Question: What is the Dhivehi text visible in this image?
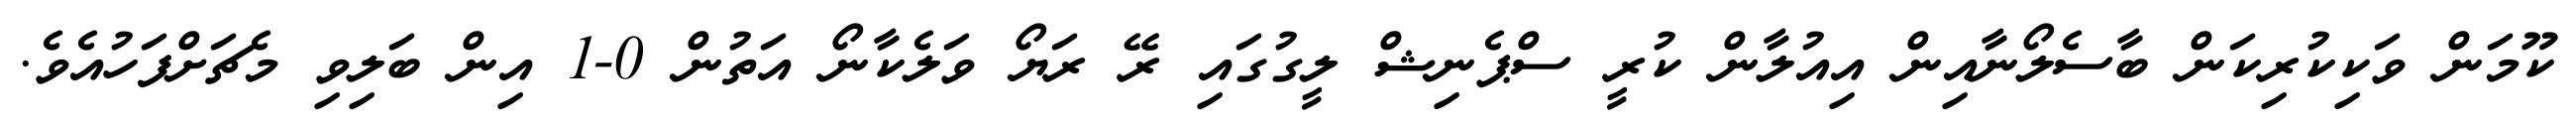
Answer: ކޫމަން ވަކިކުރިކަން ބާސެލޯނާއިން އިއުލާން ކުރީ ސްޕެނިޝް ލީގުގައި ރޭ ރަޔޯ ވަލެކާނޯ އަތުން 0-1 އިން ބަލިވި މެޗަށްފަހުއެވެ.